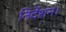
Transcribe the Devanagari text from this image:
निर्देशन।